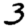
Digit: 3